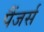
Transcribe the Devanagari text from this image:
पैंजर्स